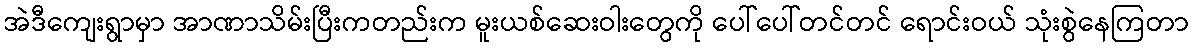
အဲဒီကျေးရွာမှာ အာဏာသိမ်းပြီးကတည်းက မူးယစ်ဆေးဝါးတွေကို ပေါ်ပေါ်တင်တင် ရောင်းဝယ် သုံးစွဲနေကြတာ